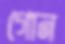
গোন